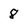
Character: 8